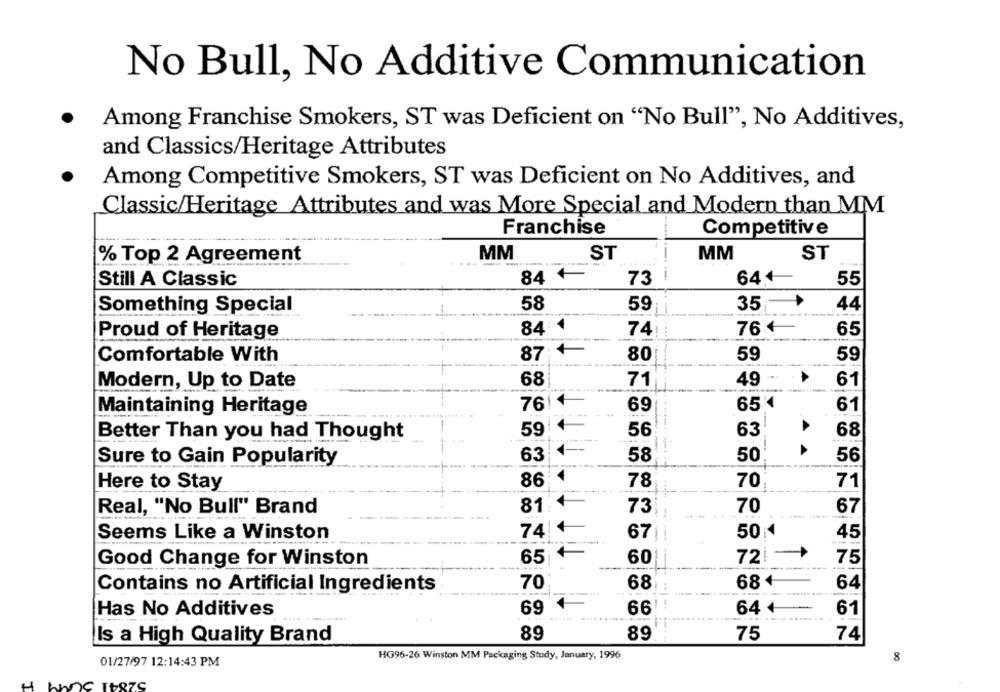
No Bull, No Additive Communication
Among Franchise Smokers, ST was Deficient on "No Bull", No Additives,
and Classics/Heritage Attributes
Among Competitive Smokers, ST was Deficient on No Additives, and
Classic/Heritage Attributes and was More Special and Modern than MM
Franchise
Competitive
MM
ST
MM
ST
% Top 2 Agreement
84 +
Still A Classic
73
64+
55
44
Something Special
58
59
35
84:
74:
76
65
Proud of Heritage
87:+
Comfortable With
80|
59
59
Modern, Up to Date
68
71
49
61
7614
69
65
61
Maintaining Heritage
-
Better Than you had Thought
59
56
63
68
!
63
Sure to Gain Popularity
58
50
56
86:4
70
71
Here to Stay
78
81 4
Real, "No Bull" Brand
73
70
67
----
74|4
501
Seems Like a Winston
45
Good Change for Winston
65
+
721->
75
60
Contains no Artificial Ingredients
70
68
68 +
64
-
Has No Additives
69
66'
64 +
61
89
89
74
Is a High Quality Brand
75
HG96-26 Winston MM Packaging Study, January, 1996
8
01/27/97 12:14:43 PM
4
ne
+07C